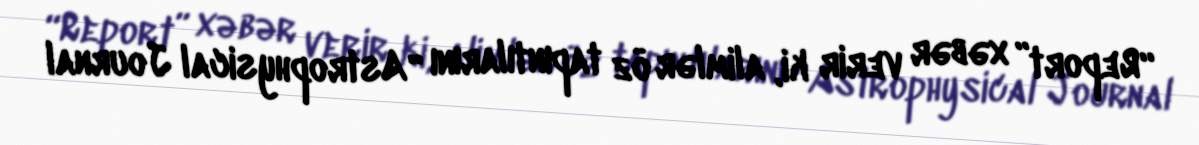
“Report” xəbər verir ki, alimlər öz tapıntılarını “Astrophysical Journal